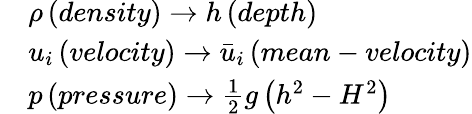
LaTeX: \begin{array}{rl}&{\rho\left(density\right)\to h\left(depth\right)}\\ &{{{u}_{i}}\left(velocity\right)\to{{{\bar{u}}}_{i}}\left(mean-velocity\right)}\\ &{p\left(pressure\right)\to\frac{1}{2}g\left({{h}^{2}}-{{H}^{2}}\right)}\end{array}